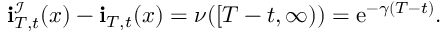
\mathbf { i } _ { T , t } ^ { \mathcal { I } } ( x ) - \mathbf { i } _ { T , t } ( x ) = \nu ( [ T - t , \infty ) ) = \mathrm { e } ^ { - \gamma ( T - t ) } .